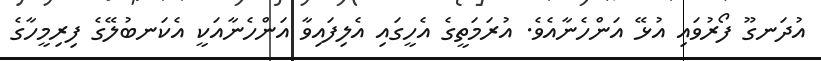
އުދަނގޫ ފޯރުވައި އުޅޭ އަންހެނާއެވެ. އުރަމަތީގެ އެހީގައި އެލިފައިވާ އަންހެނާއަކީ އެކަނބުލޭގެ ފިރިމީހާގެ